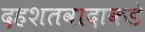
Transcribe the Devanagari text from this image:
दहशतवादाकडे